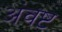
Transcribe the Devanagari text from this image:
अंवष्ट